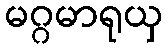
မဂ္ဂမာရုယှ